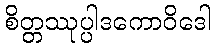
စိတ္တဿုပ္ပါဒကောဝိဒေါ